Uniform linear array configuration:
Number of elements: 32
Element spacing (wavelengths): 0.25
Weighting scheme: exponential
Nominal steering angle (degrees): -45
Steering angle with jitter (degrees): -43.003
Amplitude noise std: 0.05
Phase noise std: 0.05

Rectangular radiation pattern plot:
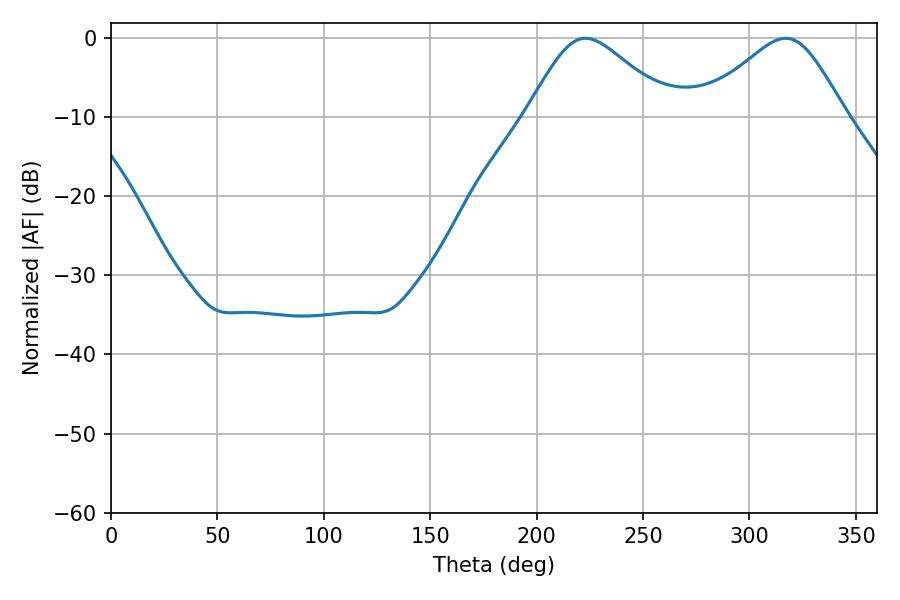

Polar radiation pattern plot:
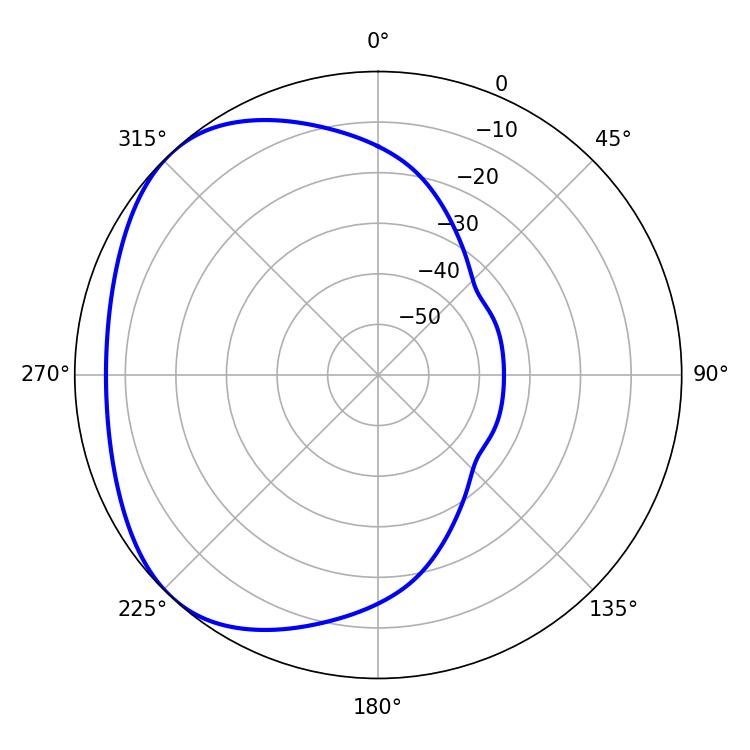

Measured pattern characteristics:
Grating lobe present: FALSE
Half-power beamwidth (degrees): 33.48
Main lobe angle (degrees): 223.02